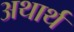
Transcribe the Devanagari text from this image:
अथार्थ